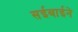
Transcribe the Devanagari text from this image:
सईबाईने